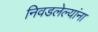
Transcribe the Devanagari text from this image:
निवडलेल्यांना